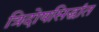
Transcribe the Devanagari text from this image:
त्रिदोषसिद्धांत